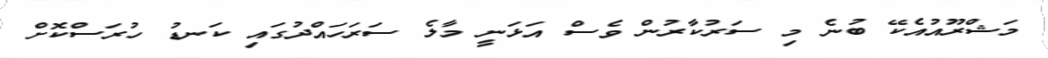
މަޝްރޫއުއެކޭ ބުނެ މި ސަރުކާރުން ވެސް އަޅަނީ މާލެ ސަރަހައްދުގައި ކަނޑު ހުރަސްކޮށް